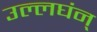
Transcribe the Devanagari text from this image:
उल्लघंन्